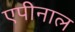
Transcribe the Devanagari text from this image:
एपीनाल